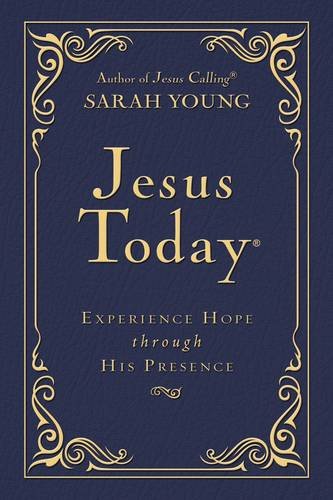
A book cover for Jesus Today - Deluxe Edition: Experience Hope Through His Presence; Sarah Young; Christian Books & Bibles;